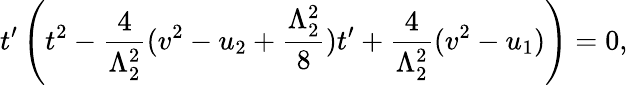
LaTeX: t^{\prime}\left(t^{2}-\frac{4}{\Lambda_{2}^{2}}(v^{2}-u_{2}+\frac{\Lambda_{2}^{2}}{8})t^{\prime}+\frac{4}{\Lambda_{2}^{2}}(v^{2}-u_{1})\right)=0,